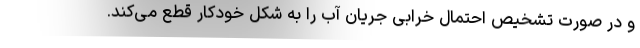
و در صورت تشخیص احتمال خرابی جریان آب را به شکل خودکار قطع می‌کند.